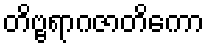
တိဗ္ဗရာဂဇာတိကော